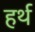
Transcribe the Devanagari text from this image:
हर्थ